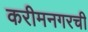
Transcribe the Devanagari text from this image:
करीमनगरची